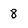
Character: 8